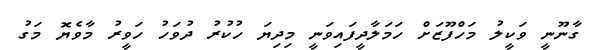
ގާނޫނީ ވަކީލު މަހްފޫޒަށް ހަމަލާދީފައިވަނީ މިދިޔަ ހުކުރު ދުވަހު ހަވީރު މާވެޔޮ މަގު